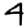
Digit: 4